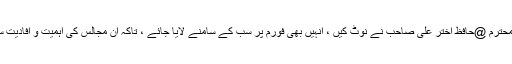
مثلا اس دفعہ بہت ساری باتیں محترم @حافظ اختر علی صاحب نے نوٹ کیں ، انہیں بھی فورم پر سب کے سامنے لایا جائے ، تاکہ ان مجالس کی اہمیت و افادیت سے اراکین فورم مطلع ہوسکیں ۔